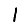
Digit: 1